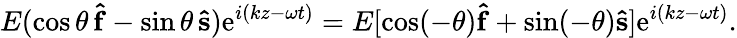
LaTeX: E(\cos\theta\, \mathbf{\hat{f}}-\sin\theta\, \mathbf{\hat{s}})\mathrm{e}^{i(kz-\omega t)}=E[\cos(-\theta)\mathbf{\hat{f}}+\sin(-\theta)\mathbf{\hat{s}}]\mathrm{e}^{i(kz-\omega t)}.